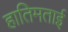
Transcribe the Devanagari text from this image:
हातिमताई